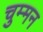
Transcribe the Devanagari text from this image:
चुम्मन